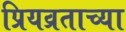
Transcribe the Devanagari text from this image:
प्रियव्रताच्या